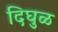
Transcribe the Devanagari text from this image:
दिघुळ